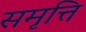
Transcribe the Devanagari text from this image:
समृत्ति